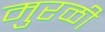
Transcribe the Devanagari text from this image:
मुरळी